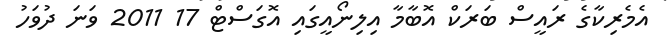
އެމެރިކާގެ ރައީސް ބަރަކް އޮބާމާ އިލިނޯއީގައި އޮގަސްޓް 17 2011 ވަނަ ދުވަހު